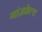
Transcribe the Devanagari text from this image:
गांज़फेल्ड